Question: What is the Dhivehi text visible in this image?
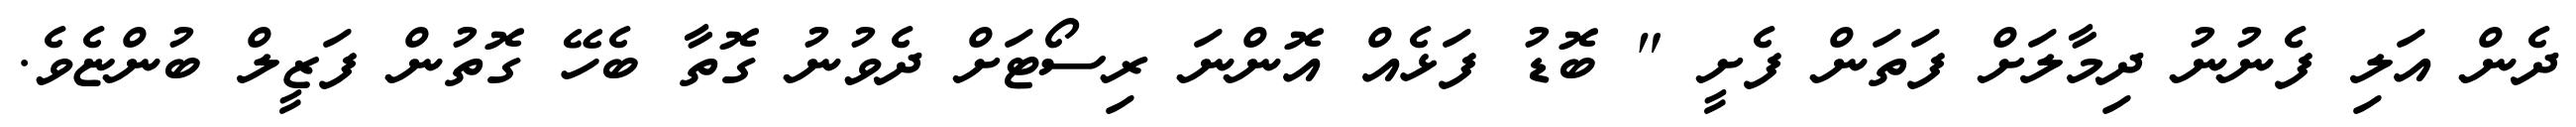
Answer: ދެން އަލި ފެނުނު ދިމާލަށް ފަތަން ފެށީ " ބޮޑު ފަޅެއް އޮންނަ ރިސޯޓަށް ދެވުނު ގޮތާ ބެހޭ ގޮތުން ފަޒީލް ބުންޏެވެ.